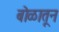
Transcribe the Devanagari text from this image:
बोळातून